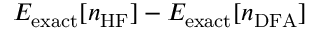
E _ { \mathrm { e x a c t } } [ n _ { \mathrm { H F } } ] - E _ { \mathrm { e x a c t } } [ n _ { \mathrm { D F A } } ]